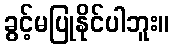
ခွင့်မပြုနိုင်ပါဘူး။